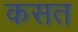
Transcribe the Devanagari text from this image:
कसत